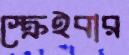
স্ক্রেইবার